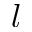
l